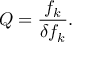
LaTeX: Q = { \frac { f _ { k } } { \delta f _ { k } } } .